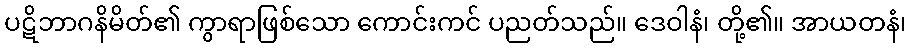
ပဋိဘာဂနိမိတ်၏ ကွာရာဖြစ်သော ကောင်းကင် ပညတ်သည်။ ဒေဝါနံ၊ တို့၏။ အာယတနံ၊